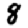
Digit: 8